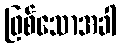
ဖြစ်သောအခါ